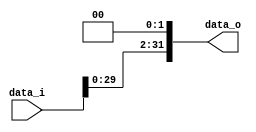
//Subject:      CO project 2 - Shift_Left_Two_32
//--------------------------------------------------------------------------------
//Version:     1
//--------------------------------------------------------------------------------
//Description: 
//--------------------------------------------------------------------------------
`timescale 1ns/1ps
module Shift_Left_Two_32(
    data_i,
    data_o
);

//I/O ports                    
input [32-1:0] data_i;
output [32-1:0] data_o;

//shift left 2
assign data_o = data_i<<2;

endmodule